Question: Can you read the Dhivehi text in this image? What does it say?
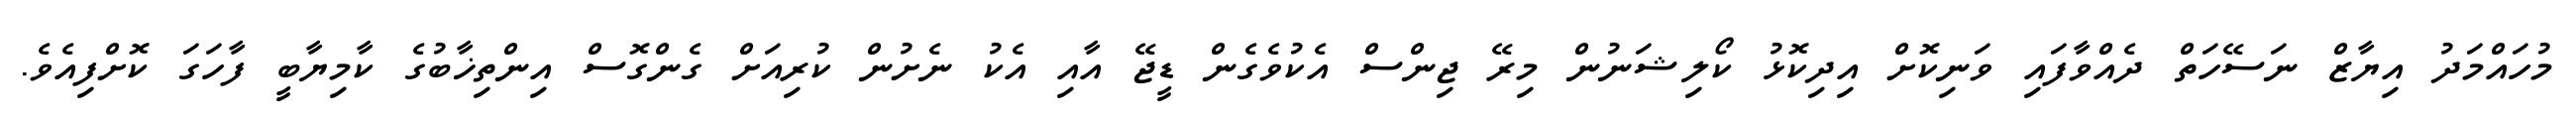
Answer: މުހައްމަދު އިޔާޒް ނަސޭހަތް ދެއްވާފައި ވަނިކޮށް އިދިކޮޅު ކޯލިޝަނުން މިރޭ ޖިންސް އެކުވެގެން ޑީޖޭ އާއި އެކު ނެށުން ކުރިއަށް ގެންގޮސް އިންތިޚާބުގެ ކާމިޔާބީ ފާހަގަ ކޮށްފިއެވެ.